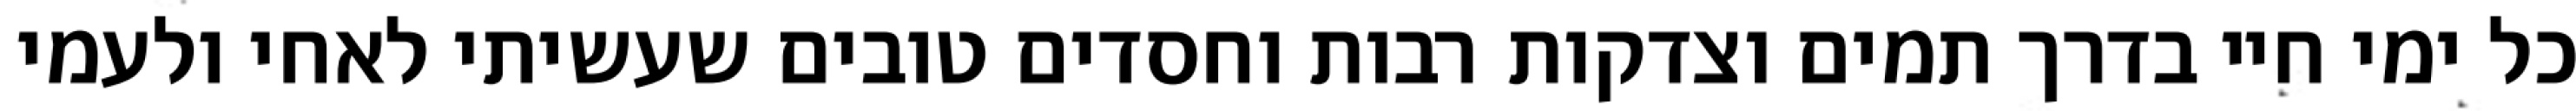
כל ימי חיי בדרך תמים וצדקות רבות וחסדים טובים שעשיתי לאחי ולעמי